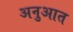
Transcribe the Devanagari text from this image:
अनुआत